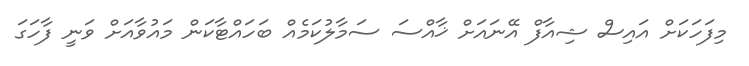
މިފަހަކަށް އައިސް ޝިއާފް އޭނައަށް ޚާއްސަ ސަމާލުކަމެއް ބަހައްޓާކަން މައުވާއަށް ވަނީ ފާހަގަ